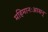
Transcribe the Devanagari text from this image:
महिमानःआसन्